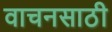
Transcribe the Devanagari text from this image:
वाचनसाठी